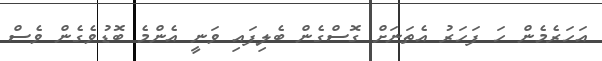
އަހަރެމެން ހަ ފަހަރު އެތަނަށް ގޮސްގެން ބެލިފައި ވަނީ އެންމެ ބޮޑުވެގެން ވެސް